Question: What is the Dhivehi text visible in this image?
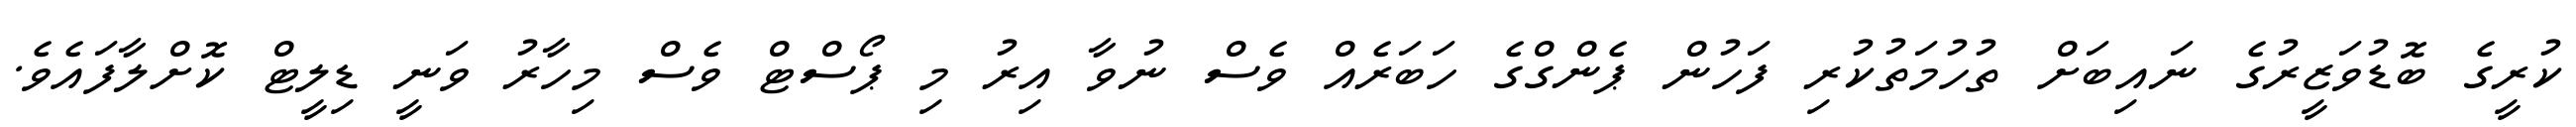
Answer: ކުރީގެ ބޮޑުވަޒީރުގެ ނައިބަށް ތުހުމަތުކުރި ފަހުން ޕެންގްގެ ހަބަރެއް ވެސް ނުވާ އިރު މި ޕޯސްޓް ވެސް މިހާރު ވަނީ ޑިލީޓް ކޮށްލާފައެވެ.